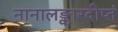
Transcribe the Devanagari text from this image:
नानालङ्कारदीप्तं